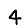
Digit: 4